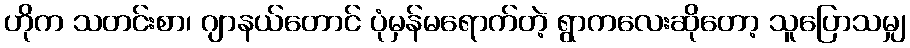
ဟိုက သတင်းစာ၊ ဂျာနယ်တောင် ပုံမှန်မရောက်တဲ့ ရွာကလေးဆိုတော့ သူပြောသမျှ